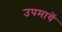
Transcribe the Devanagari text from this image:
उपमायें